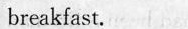
breakfast.